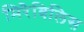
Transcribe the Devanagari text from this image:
मिरैविलिस